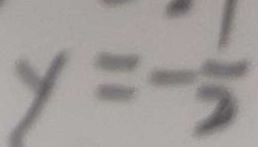
y = - \frac { 1 } { 2 }